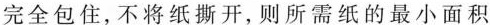
完全包住，不将纸撕开，则所需纸的最小面积